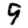
Digit: 9